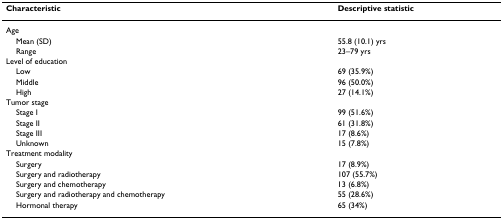
<table><thead><tr><td><b>Characteristic</b></td><td><b>Descriptive statistic</b></td></tr></thead><tbody><tr><td>Age</td><td></td></tr><tr><td> Mean (SD)</td><td>55.8 (10.1) yrs</td></tr><tr><td> Range</td><td>23–79 yrs</td></tr><tr><td>Level of education</td><td></td></tr><tr><td> Low</td><td>69 (35.9%)</td></tr><tr><td> Middle</td><td>96 (50.0%)</td></tr><tr><td> High</td><td>27 (14.1%)</td></tr><tr><td>Tumor stage</td><td></td></tr><tr><td> Stage I</td><td>99 (51.6%)</td></tr><tr><td> Stage II</td><td>61 (31.8%)</td></tr><tr><td> Stage III</td><td>17 (8.6%)</td></tr><tr><td> Unknown</td><td>15 (7.8%)</td></tr><tr><td>Treatment modality</td><td></td></tr><tr><td> Surgery</td><td>17 (8.9%)</td></tr><tr><td> Surgery and radiotherapy</td><td>107 (55.7%)</td></tr><tr><td> Surgery and chemotherapy</td><td>13 (6.8%)</td></tr><tr><td> Surgery and radiotherapy and chemotherapy</td><td>55 (28.6%)</td></tr><tr><td> Hormonal therapy</td><td>65 (34%)</td></tr></tbody></table>